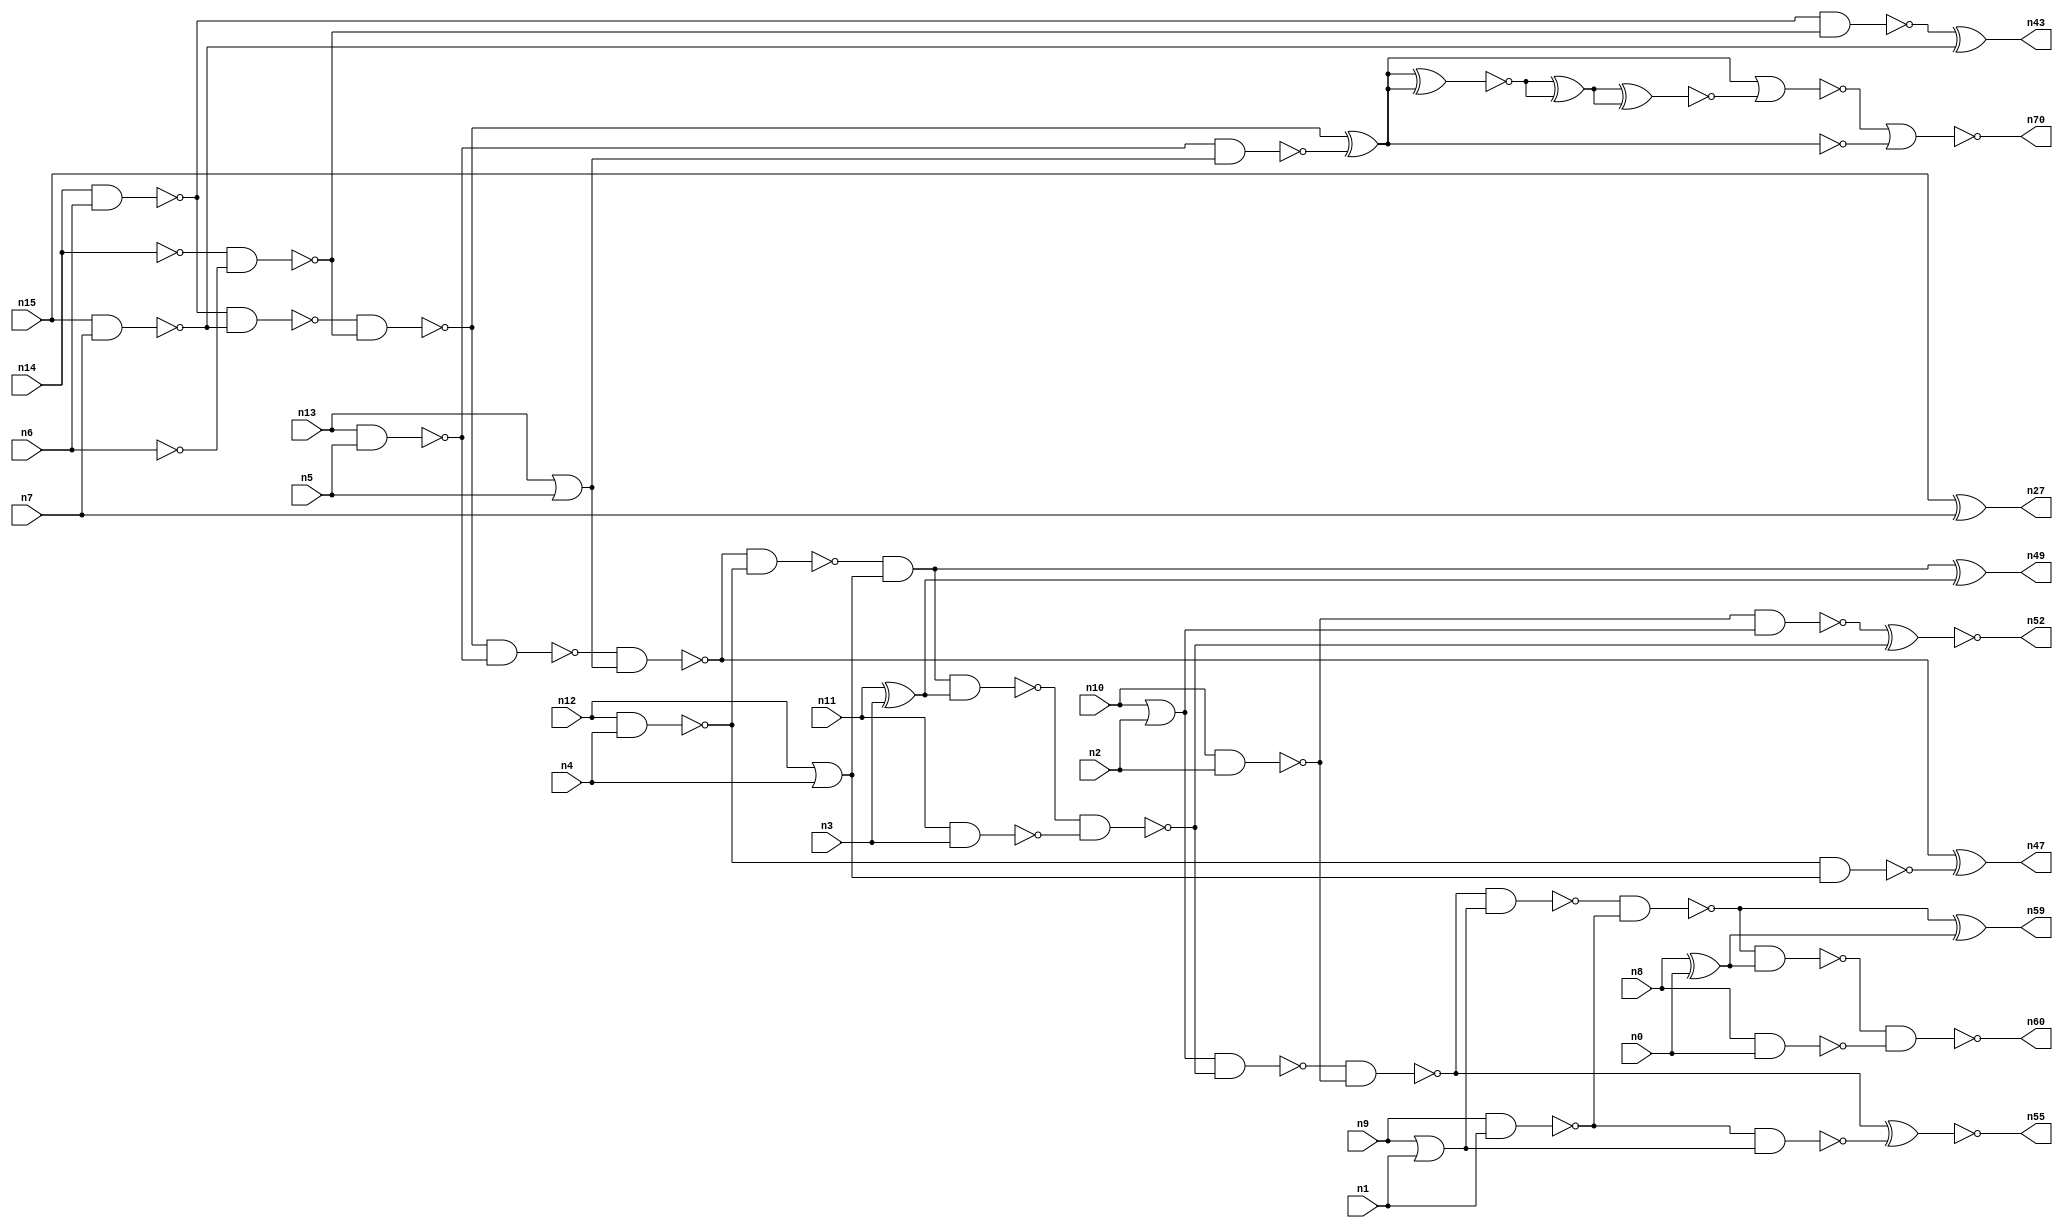
// This program was cloned from: https://github.com/umar-afzaal/ReCkt
// License: MIT License

// This file contains a pareto-optimal circuit with respect to area and the fault-resilince parameter p_fault which is defined as:
// "For all input vectors, the ratio of the no. of faults observable at the POs to the no. of total possible faults in the circuit".
// This code is part of the ReCkt library (https://github.com/umar-afzaal/ReCkt) distributed under The MIT License.
// When used, please cite the following article(s):
// U. Afzaal, A.S. Hassan, M. Usman and J.A. Lee, "On the Evolutionary Synthesis of Increased Fault-resilience Arithmetic Circuits".

// p_fault = 87.1 %    (Lower is better)
// gates = 53.0
// levels = 15
// area = 64.96    (For MCNC library relative to nand2)
// power = 313.5 uW    (Berkely-SIS for MCNC library @ Vdd=5V and 20 MHz clock)
// delay = 17.7 ns    (Berkely-ABC for MCNC library)
// PDP = 5.54895e-12 J

// Pin mapping:
// {n0, n1, n2, n3, n4, n5, n6, n7} = A[7:0]
// {n8, n9, n10, n11, n12, n13, n14, n15} = B[7:0]
// {n60, n59, n55, n52, n49, n47, n70, n43, n27} = O[8:0]

module addr8u_area_22 (
n0, n1, n2, n3, n4, n5, n6, n7, n8, n9, n10, n11, n12, n13, n14, n15, 
n60, n59, n55, n52, n49, n47, n70, n43, n27
);

input n0, n1, n2, n3, n4, n5, n6, n7, n8, n9, n10, n11, n12, n13, n14, n15;
output n60, n59, n55, n52, n49, n47, n70, n43, n27;
wire n30, n24, n61, n46, n63, n18, n17, n65, n42, n51, n45, n36, n20, n37, n56, n23, n16, n53, n40, n48, 
n62, n66, n21, n25, n41, n54, n67, n33, n28, n58, n22, n38, n39, n57, n31, n19, n44, n34, n32, n26, 
n50, n29, n64, n35;

nand (n16, n8, n0);
nand (n17, n15, n7);
nand (n18, n9, n1);
nand (n19, n10, n2);
or (n20, n13, n5);
nand (n21, n14, n6);
nor (n22, n9, n1);
or (n23, n10, n2);
xor (n24, n11, n3);
xor (n25, n8, n0);
nand (n26, n12, n4);
xor (n27, n15, n7);
nand (n28, n11, n3);
nand (n29, n13, n5);
not (n30, n14);
not (n31, n6);
or (n32, n12, n4);
nand (n33, n19, n23);
not (n34, n22);
nand (n35, n29, n20);
nand (n36, n21, n17);
nand (n37, n26, n32);
nand (n38, n30, n31);
nand (n39, n21, n38);
nand (n40, n18, n34);
nand (n41, n36, n38);
xor (n42, n41, n35);
xor (n43, n39, n17);
nand (n44, n41, n29);
nand (n45, n44, n20);
nand (n46, n45, n26);
xor (n47, n45, n37);
and (n48, n46, n32);
xor (n49, n48, n24);
nand (n50, n48, n24);
nand (n51, n50, n28);
xnor (n52, n33, n51);
nand (n53, n23, n51);
nand (n54, n53, n19);
xnor (n55, n54, n40);
nand (n56, n54, n34);
nand (n57, n56, n18);
nand (n58, n57, n25);
xor (n59, n57, n25);
nand (n60, n58, n16);
and (n61, n42, n42);
xnor (n62, n61, n61);
xnor (n63, n62, n62);
nor (n64, n63, n63);
nand (n65, n42, n42);
xnor (n66, n64, n64);
nor (n67, n42, n66);
nor (n70, n67, n65);

endmodule